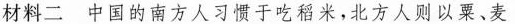
材料二中国的南方人习惯于吃稻米，北方人则以粟、麦